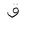
Letter: _qaf